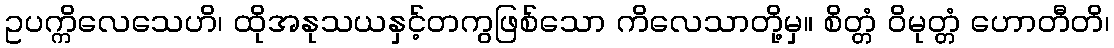
ဥပက္ကိလေသေဟိ၊ ထိုအနုသယနှင့်တကွဖြစ်သော ကိလေသာတို့မှ။ စိတ္တံ ဝိမုတ္တံ ဟောတီတိ၊